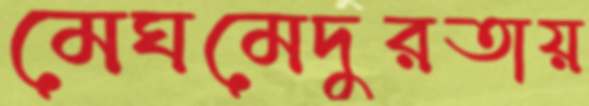
মেঘমেদুরতায়